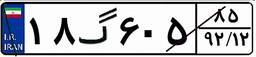
۷۳گ۶۵۵۸۲